Vital statistics of India. Vol. V, Reports of 1876 on armies & jails and on epidemic cholera
Year: 1876
Disease focus: Cholera
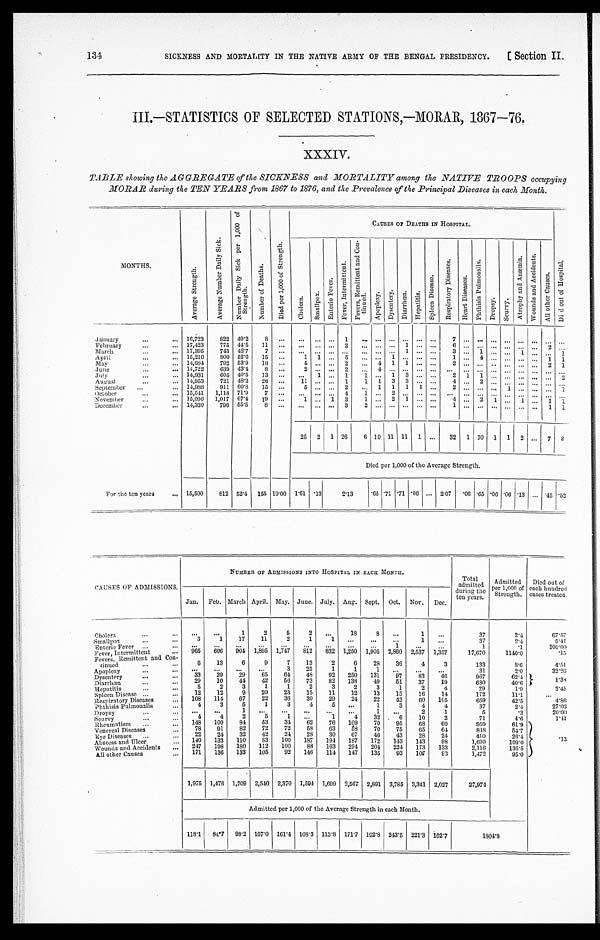
134
SICKNESS AND MORTALITY IN THE NATIVE ARMY OF THE BENGAL PRESIDENCY.
[ Section II.
III.—STATISTICS OF SELECTED STATIONS,—MORAR, 1867—76.
XXXIV.
TABLE showing the AGGREGATE of the SICKNESS and MORTALITY among the NATIVE TROOPS occupying
MORAR during the TEN YEARS from 1867 to 1876, and the Prevalence of the Principal Diseases in each Month.
MONTHS.
A v e r a g e S t r e n g t h .
A v e r a g e N u m b e r D a i l y S i c k .
N u m b e r D a i l y S i c k p e r 1 , 0 0 0 o f s t r e n g t h .
N u m b e r o f D e a t h s .
D i e d p e r 1 , 0 0 0 o f S t r e n g t h .
CAUS E S OF DE AT HS I N HOS P I T AL .
C h o l e r a .
S m a l l p o x .
E n t e r i o F e v e r .
F e v e r , I n t e r m i t t e n t .
F e v e r s , R e m i t t e n t a n d C o n - t i n u e d .
Apopl exy.
D y s e n t e r y .
D i a r r h œ a .
H e p a t i t i s .
S p l e e n D i s e a s e .
R e s p i r a t o r y D i s e a s e s .
H e a r t D i s e a s e s .
P h t h i s i s P u l m o n a l i s .
D r o p s y .
S c u r v y .
A t r o p h y a n d A n æ m i a .
W o u n d s a n d A c c i d e n t s .
A l l o t h e r C a u s e s .
Di e d o u t o f Ho s p i t a l .
January . . .
1 6 , 7 2 3
8 2 2
49.2
8 . . .
. . .
. . .
. . .
1
. . .. . .
. . .
. . .
. . .
. . .
7
. . .
. . . . . .
. . .
. . .
. . .
. . .. . .
February . . .
17,423
775 44.5
11
. . .
. . .
. . .
. . . 2
. . . . . . . . .
1 . . . . . .
6
. . .
. . . . . .
. . .
. . .
. . .
2 . . .
March . . .
17,395
743 42.7
7
. . .
. . .
. . .
. . .
. . .
. . . . . .
. . .
1
. . .
. . .
3
. . .
1
. . .
. . .
1
. . .
. . .1
April . . .
15,210
800 52.6
15
. . .
1
1
. . .
5
. . .. . .
1
. . .
. . .
. . .
1
. . .
4
. . .
. . .
. . .
. . .
1 1
May . . .
14,684
792 53.9
18
. . .
5
. . .
. . .
2
. . .4
1
1
. . .
. . .
2
. . .
. . . . . .
. . .
. . .
. . .
2 1
June. . .
14,722
639 43.4
8
. . .
2
. . .
. . .
2
. . .4
. . .
. . .
. . .
. . .
. . .
. . .
. . . . . .
. . .
. . .
. . .
. . .. . .
July . . .
14,931
605 40.5
13
. . .
. . .
1
. . . 1
1 . . . 1
3
. . . . . .
2 1
1
. . .
. . .
. . .
. . .
. . .2
August . . .
14,953
721 48.2
26
. . .
11
. . .
. . . 1
1
1
3
3
. . .
. . .
4
. . .
2
. . .
. . .
. . .
. . .
. . .. . .
September . . .
14,988
911 60.8
15
. . .
5
. . .
. . . 2
. . .
1
1
1
1 . . .
2
. . .
. . . . . .
1
. . .
. . .
. . .1
Oc t obe r . . .
15,511
1,118 71.9
7 . . .
. . .
. . .
. . . 4
1
. . .
2
. . . . . . . . .
. . .
. . .
. . .
. . .
. . .
. . .
. . .
. . . . . .
November . . .
15,096
1,017 67.4
19
. . .
1 . . .
1
3
1 . . .
2
1 . . .
. . .
4 . . .
2
1
. . . 1
. . . 1 1
December . . .
14,330
796 55.5
8
. . .
. . .
. . .
. . . 3
2 . . .
. . .
. . .
. . .
. . .
1
. . .
. . .
. . .
. . .
. . .
. . .
1 1
25
2
1 26
6 10 11 11
1 . . .
32
1 10
1
1
2
. . . 7 8
Died per 1,000 of the Average Strength.
For the ten years . . .
15,500
812 52.4 155 10.00 1.61 .13
2.13
.65 .71 .71 .06 . . . 2.07
.06 .65 .06 .06 .13 . . . .45 .52
CAUSES OF ADMISSIONS.
NUMBER OF ADMISSIONS INTO HOSPITAL IN EACH MONTH.
T o t a l
admitted
during the
ten years .
Admitted
per 1,000 of
Strength.
Died out of
each hundred
cases treated.
Jan.
Feb. March April. May. June. July. Aug. Sept. Oct. Nov.
Dec.
Cholera. . . .
. . .
. . .
1
2
5
2
. . .
18
8
. . .
1
. . .
37
2.4
6 7 . 5 7
3
1
17
11
2
1
1
. . .
. . .
. . .
1
. . .
37
2.4
5 . 4 1
Smallpox . . .
. . .
. . .
. . .
. . .
. . .
. . .
. . .
. . .
. . .
1
. . .
. . .
1
1 0 0 . 0 0
Enteric Fever . . .
.1
965
606
904 1,895 1,747
812
832 1,250 1,905 2,860 2,537 1,357
17,670
1140.0
.15
Fever, Intermittent . . .
6
13
6
9
7
13
2
6
28
36
Fevers, Remittent and Con-
t i n u e d . . .
4
3
133
8.6
4.51
3
25
1
1
1
. . .
. . .
. . .
31
2.0
32.26
Apoplexy . . .
. . .
. . .
. . .
. . .
33
29
29
65
64
48
92
250
131
97
8 3
4 6
967
62.4
1.38
.
Dysentery . . .
29
10
44
42
56
73
82
138
49
51
37
19
630
40.6
Diarrhœa . . .
5
2
3
1
1
2
3
2
3
1
2
4
29
1.9
3.45
Hepatitis . . .
12
12
9
20
23
15
11
12
13
15
16
14
172
11.1
. . .
Spleen Disease . . .
108
114
67
22
36
30
29
24
22
42
60
105
659
42.5
4.86
Respiratory Diseases . . .
4
3
5
1
3
4
5
. . .
1
3
4
Phthisis Pulmonalis . . .
4
37
2.4
27.03
. . .
. . .
1
. . .
. . .
. . .
. . .
. . .
1
. . .
2
1
5
Dropsy . . .
.3
20.00
4
4
2
5
1
. . .
1
4
32
6
10
2
71
4.6
1.41
Scurvy . . .
148
100
84
53
34
.62
76
109
70
95
68
60
959
61.9
. 1 3
Rheumatism . . .
78
91
82
72
72
58
63
5 8
70
75
65
64
Venereal Diseases . . .
848
54.7
22
24
32
42
24
23
30
67
46
43
28
24
410
26.4
Eye Diseases . . .
140
133
110
83
100
187
194
187
172
143
143
98
1,690
A b s c e s s a n d U l c e r . . .
109.0
247
198
180
112
100
88
163
294
204
224
173
133
2,116
Wounds and Accidents . . .
136.5
171
136
133
105
92
146
114
147
135
93
1 0 7
93
1,472
95.0
All other Causes
. . .
1,975 1,476 1,709 2,540 2,370 1,594 1,699 2,567 2,891 3,785 3,341 2,027
27,974
Admitted per 1,000 of the Average Strength in each Month.
118.1
84.7
98.2 167.0 161.4 108.3 113.8 171.7 192.8 243.5 221.3 102.7
1804.8